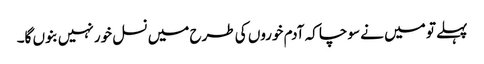
پہلے تو میں نے سوچا کہ آدم خوروں کی طرح میں نسل خور نہیں بنوں گا۔